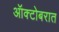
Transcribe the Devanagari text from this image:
ऑक्टोबरात